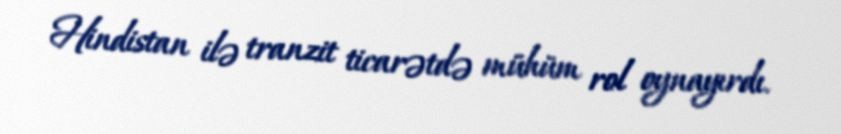
Hindistan ilə tranzit ticarətdə mühüm rol oynayırdı.